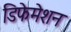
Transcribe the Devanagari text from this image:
डिफेमेशन